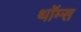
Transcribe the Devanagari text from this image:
थॉम्स